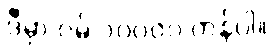
ဒီမှာ ဝမ် ၁၀၀၀၀ တန်ပါ။